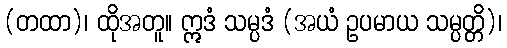
(တထာ)၊ ထိုအတူ။ ဣဒံ သမ္ပဒံ (အယံ ဥပမာယ သမ္ပတ္တိ)၊